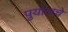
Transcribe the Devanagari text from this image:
पुयोलचे